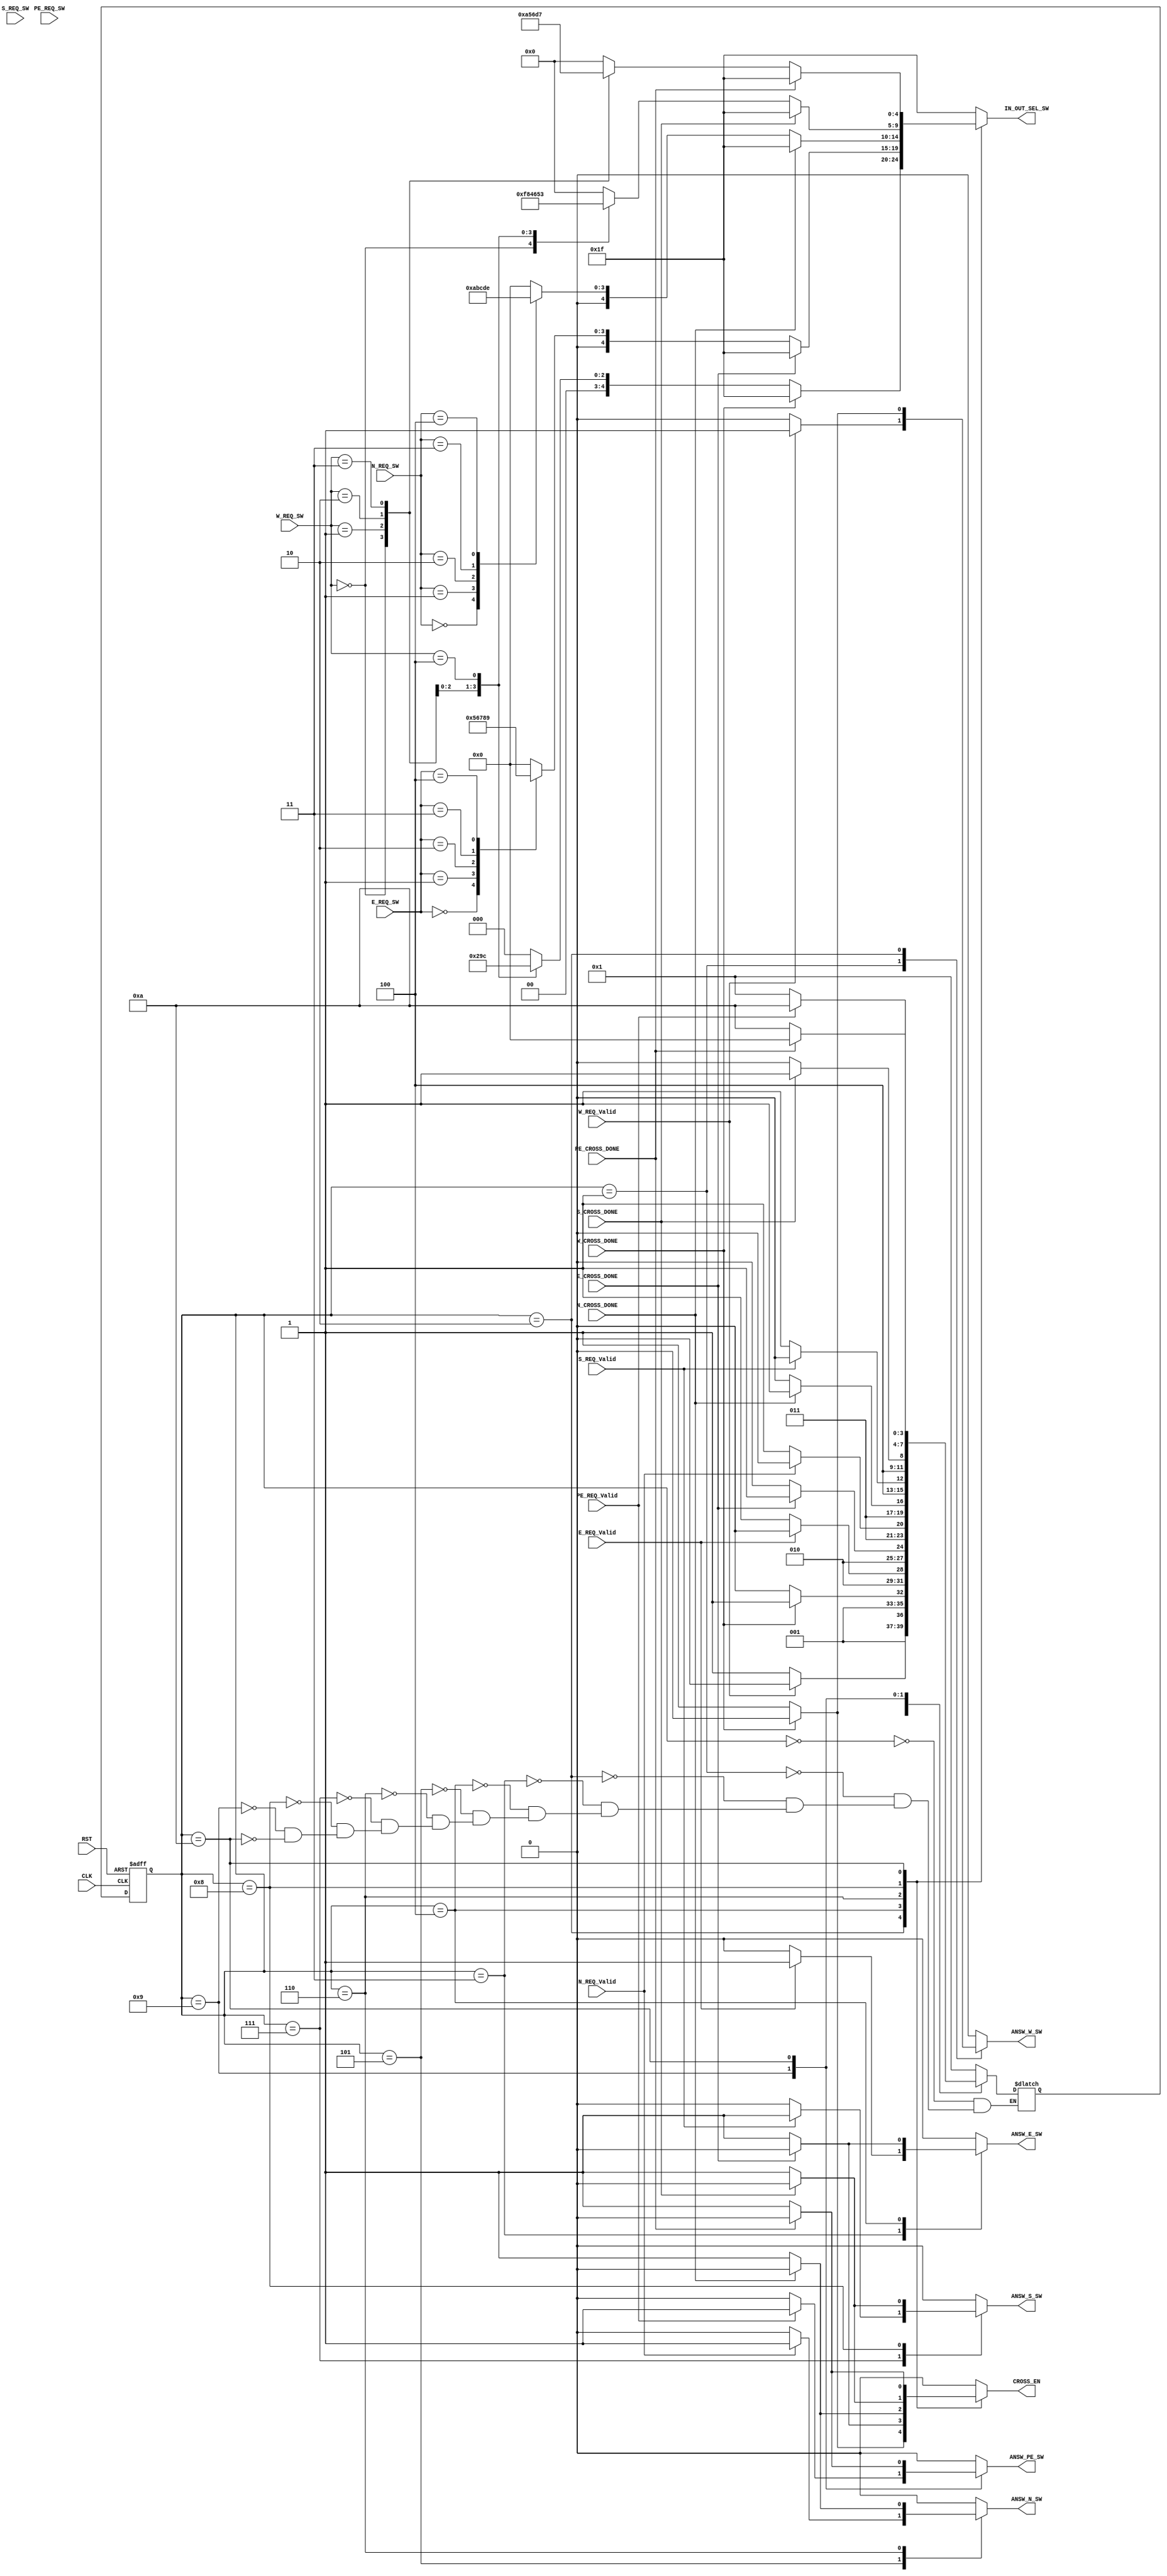
/* adresses for downsttram routers 
we have 5 outs so we need 3 bits
000 =>> west
001 =>>east
010 =>>north
011 =>>south 
100 =>> pe
*/
module switch_allocator #(parameter REQ_size = 3)(
input              CLK,RST,      
input              E_REQ_Valid,
input              W_REQ_Valid,
input              S_REQ_Valid,
input              N_REQ_Valid,
input              PE_REQ_Valid,
input [REQ_size-1:0] E_REQ_SW,
input [REQ_size-1:0] W_REQ_SW,
input [REQ_size-1:0] S_REQ_SW,
input [REQ_size-1:0] N_REQ_SW,
input [REQ_size-1:0] PE_REQ_SW,
input              W_CROSS_DONE,
input              E_CROSS_DONE,
input              N_CROSS_DONE,
input              S_CROSS_DONE,
input              PE_CROSS_DONE,
output reg         ANSW_E_SW,
output reg         ANSW_W_SW,
output reg         ANSW_N_SW,
output reg         ANSW_S_SW,
output reg         ANSW_PE_SW,
output reg [4:0]   IN_OUT_SEL_SW,
output reg         CROSS_EN



);
// STATE ENCODING
  localparam idle = 4'b0000;
  localparam STATE_1 = 4'b0001;
  localparam STATE_2 = 4'b0010;
  localparam STATE_3 = 4'b0011;
  localparam STATE_4 = 4'b0100;
  localparam STATE_5 = 4'b0101;
  localparam STATE_6 = 4'b0110;
  localparam STATE_7 = 4'b0111;
  localparam STATE_8 = 4'b1000;
  localparam STATE_9 = 4'b1001;
  localparam STATE_10 = 4'b1010;
  
  reg [3:0] next_state,current_state;

/////////////////////////////////////////////
// STATE TRANSITION
always @(posedge CLK or negedge RST)
begin
  if (!RST)
    begin
      current_state<= idle;
    end
  else
    current_state<= next_state;
end
////////////////////////////////////////////
//NEST STATE LOGIC AND OUTPUT CALCULATION 
always@(*)
begin
  ANSW_E_SW = 0;
 ANSW_W_SW = 0;
 ANSW_N_SW = 0;
 ANSW_S_SW = 0;
 ANSW_PE_SW = 0;
 IN_OUT_SEL_SW = 5'b11111;
 CROSS_EN = 0 ;
  case (current_state)
    idle:
    begin
    next_state = STATE_1;
    end
    STATE_1:// chk west
    begin
      if (W_REQ_Valid)
        begin
           ANSW_W_SW = 1;
           next_state = STATE_2;
           
        end
      else
        begin
          next_state = STATE_3;
        end
      
    end
    STATE_2:
    begin
      if (!W_CROSS_DONE)
        begin
          ANSW_W_SW = 1;
          CROSS_EN=1 ;
          next_state = STATE_2;
          case (W_REQ_SW)
            'b000:
            IN_OUT_SEL_SW = 5'd0;
            'b001:
            IN_OUT_SEL_SW = 5'd1;
            'b010:
            IN_OUT_SEL_SW = 5'd2;
            'b011:
            IN_OUT_SEL_SW = 5'd3;
            'b100:
            IN_OUT_SEL_SW = 5'd4;
				default:
				IN_OUT_SEL_SW = 5'd0;
          endcase
      end
    else
      begin
        next_state = STATE_3;
        ANSW_W_SW = 0;
        CROSS_EN=0 ;
      end
      
    end
    STATE_3://chk east
    begin
      CROSS_EN=0 ;
      if (E_REQ_Valid)
        begin
           ANSW_E_SW = 1;
           next_state = STATE_4;
        end
      else
        begin
          next_state = STATE_5;
        end
    end 
    STATE_4:
    begin
      if (!E_CROSS_DONE)
        begin
          ANSW_E_SW = 1;
          next_state = STATE_4;
          CROSS_EN=1 ;
          case (E_REQ_SW)
            'b000:
            IN_OUT_SEL_SW = 5'd5;
            'b001:
            IN_OUT_SEL_SW = 5'd6;
            'b010:
            IN_OUT_SEL_SW = 5'd7;
            'b011:
            IN_OUT_SEL_SW = 5'd8;
            'b100:
            IN_OUT_SEL_SW = 5'd9;
				default:
				IN_OUT_SEL_SW = 5'd0;
          endcase
      end
    else
      begin
        next_state = STATE_5;
        ANSW_E_SW = 0;
        CROSS_EN=0 ;
      end
      
    end 
    STATE_5://chk north
    begin
      CROSS_EN=0 ;
      if (N_REQ_Valid)
        begin
           ANSW_N_SW = 1;
           next_state = STATE_6;
        end
      else
        begin
          next_state = STATE_7;
        end
      
    end 
    STATE_6:
    begin
      if (!N_CROSS_DONE)
        begin
          CROSS_EN=1 ;
          ANSW_N_SW = 1;
          next_state = STATE_6;
          case (N_REQ_SW)
            'b000:
            IN_OUT_SEL_SW = 5'd10;
            'b001:
            IN_OUT_SEL_SW = 5'd11;
            'b010:
            IN_OUT_SEL_SW = 5'd12;
            'b011:
            IN_OUT_SEL_SW = 5'd13;
            'b100:
            IN_OUT_SEL_SW = 5'd14;
				default:
				IN_OUT_SEL_SW = 5'd0;
          endcase
      end
    else
      begin
        next_state = STATE_7;
        ANSW_N_SW = 0;
        CROSS_EN=0 ;
      end
      
    end 
    STATE_7:// chk south
    begin
      CROSS_EN=0 ;
      if (S_REQ_Valid)
        begin
           ANSW_S_SW = 1;
           next_state = STATE_8;
        end
      else
        begin
          next_state = STATE_9;
        end
    end 
    STATE_8:
    begin
      if (!S_CROSS_DONE)
        begin
          ANSW_S_SW = 1;
          next_state = STATE_8;
          CROSS_EN=1 ;
          case (W_REQ_SW)
            'b000:
            IN_OUT_SEL_SW = 5'd15;
            'b001:
            IN_OUT_SEL_SW = 5'd16;
            'b010:
            IN_OUT_SEL_SW = 5'd17;
            'b011:
            IN_OUT_SEL_SW = 5'd18;
            'b100:
            IN_OUT_SEL_SW = 5'd19;
				default:
				IN_OUT_SEL_SW = 5'd0;
          endcase
      end
    else
      begin
        next_state = STATE_9;
        ANSW_S_SW = 0;
        CROSS_EN=0 ;
      end
      
    end 
    STATE_9://chk pe
    begin
      CROSS_EN=0 ;
      if (PE_REQ_Valid)
        begin
           ANSW_PE_SW = 1;
           next_state = STATE_10;
        end
      else
        begin
          next_state = STATE_1;
        end
    end 
    STATE_10:
    begin
      if (!PE_CROSS_DONE)
        begin
          CROSS_EN=1 ;
          ANSW_PE_SW = 1;
          next_state = STATE_10;
          case (W_REQ_SW)
            'b000:
            IN_OUT_SEL_SW = 5'd20;
            'b001:
            IN_OUT_SEL_SW = 5'd21;
            'b010:
            IN_OUT_SEL_SW = 5'd22;
            'b011:
            IN_OUT_SEL_SW = 5'd23;
				default:
				IN_OUT_SEL_SW = 5'd0;
            
          endcase
      end
    else
      begin
        next_state = idle;
        ANSW_PE_SW = 0;
        CROSS_EN=0 ;
      end
      end
      default:
    begin
    ANSW_E_SW = 0;
    ANSW_W_SW = 0;
    ANSW_N_SW = 0;
    ANSW_S_SW = 0;
    ANSW_PE_SW = 0;
    IN_OUT_SEL_SW=5'b11111;
    end

  endcase
end

endmodule